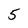
Character: 5